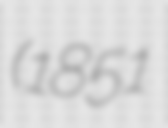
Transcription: (1851